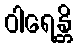
ဝါရေန္တိ